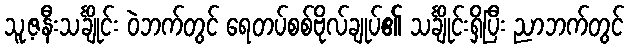
သူ့ဇနီးသင်္ချိုင်း ဝဲဘက်တွင် ရေတပ်စစ်ဗိုလ်ချုပ်၏ သင်္ချိုင်းရှိပြီး ညာဘက်တွင်